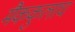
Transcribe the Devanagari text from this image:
मैककुलाघ